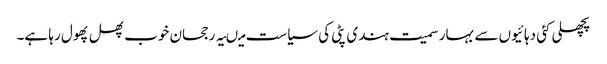
پچھلی کئی دہائیوں سے بہار سمیت ہندی پٹی کی سیاست میںیہ رجحان خوب پھل پھول رہا ہے۔